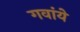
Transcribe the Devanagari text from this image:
गवांये